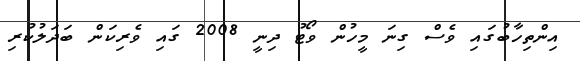
އިންތިހާބުގައި ވެސް ގިނަ މީހުން ވޯޓު ދިނީ 2008 ގައި ވެރިކަން ބަދަލުކުރި